Kolga_vallavalitsus, lk 23
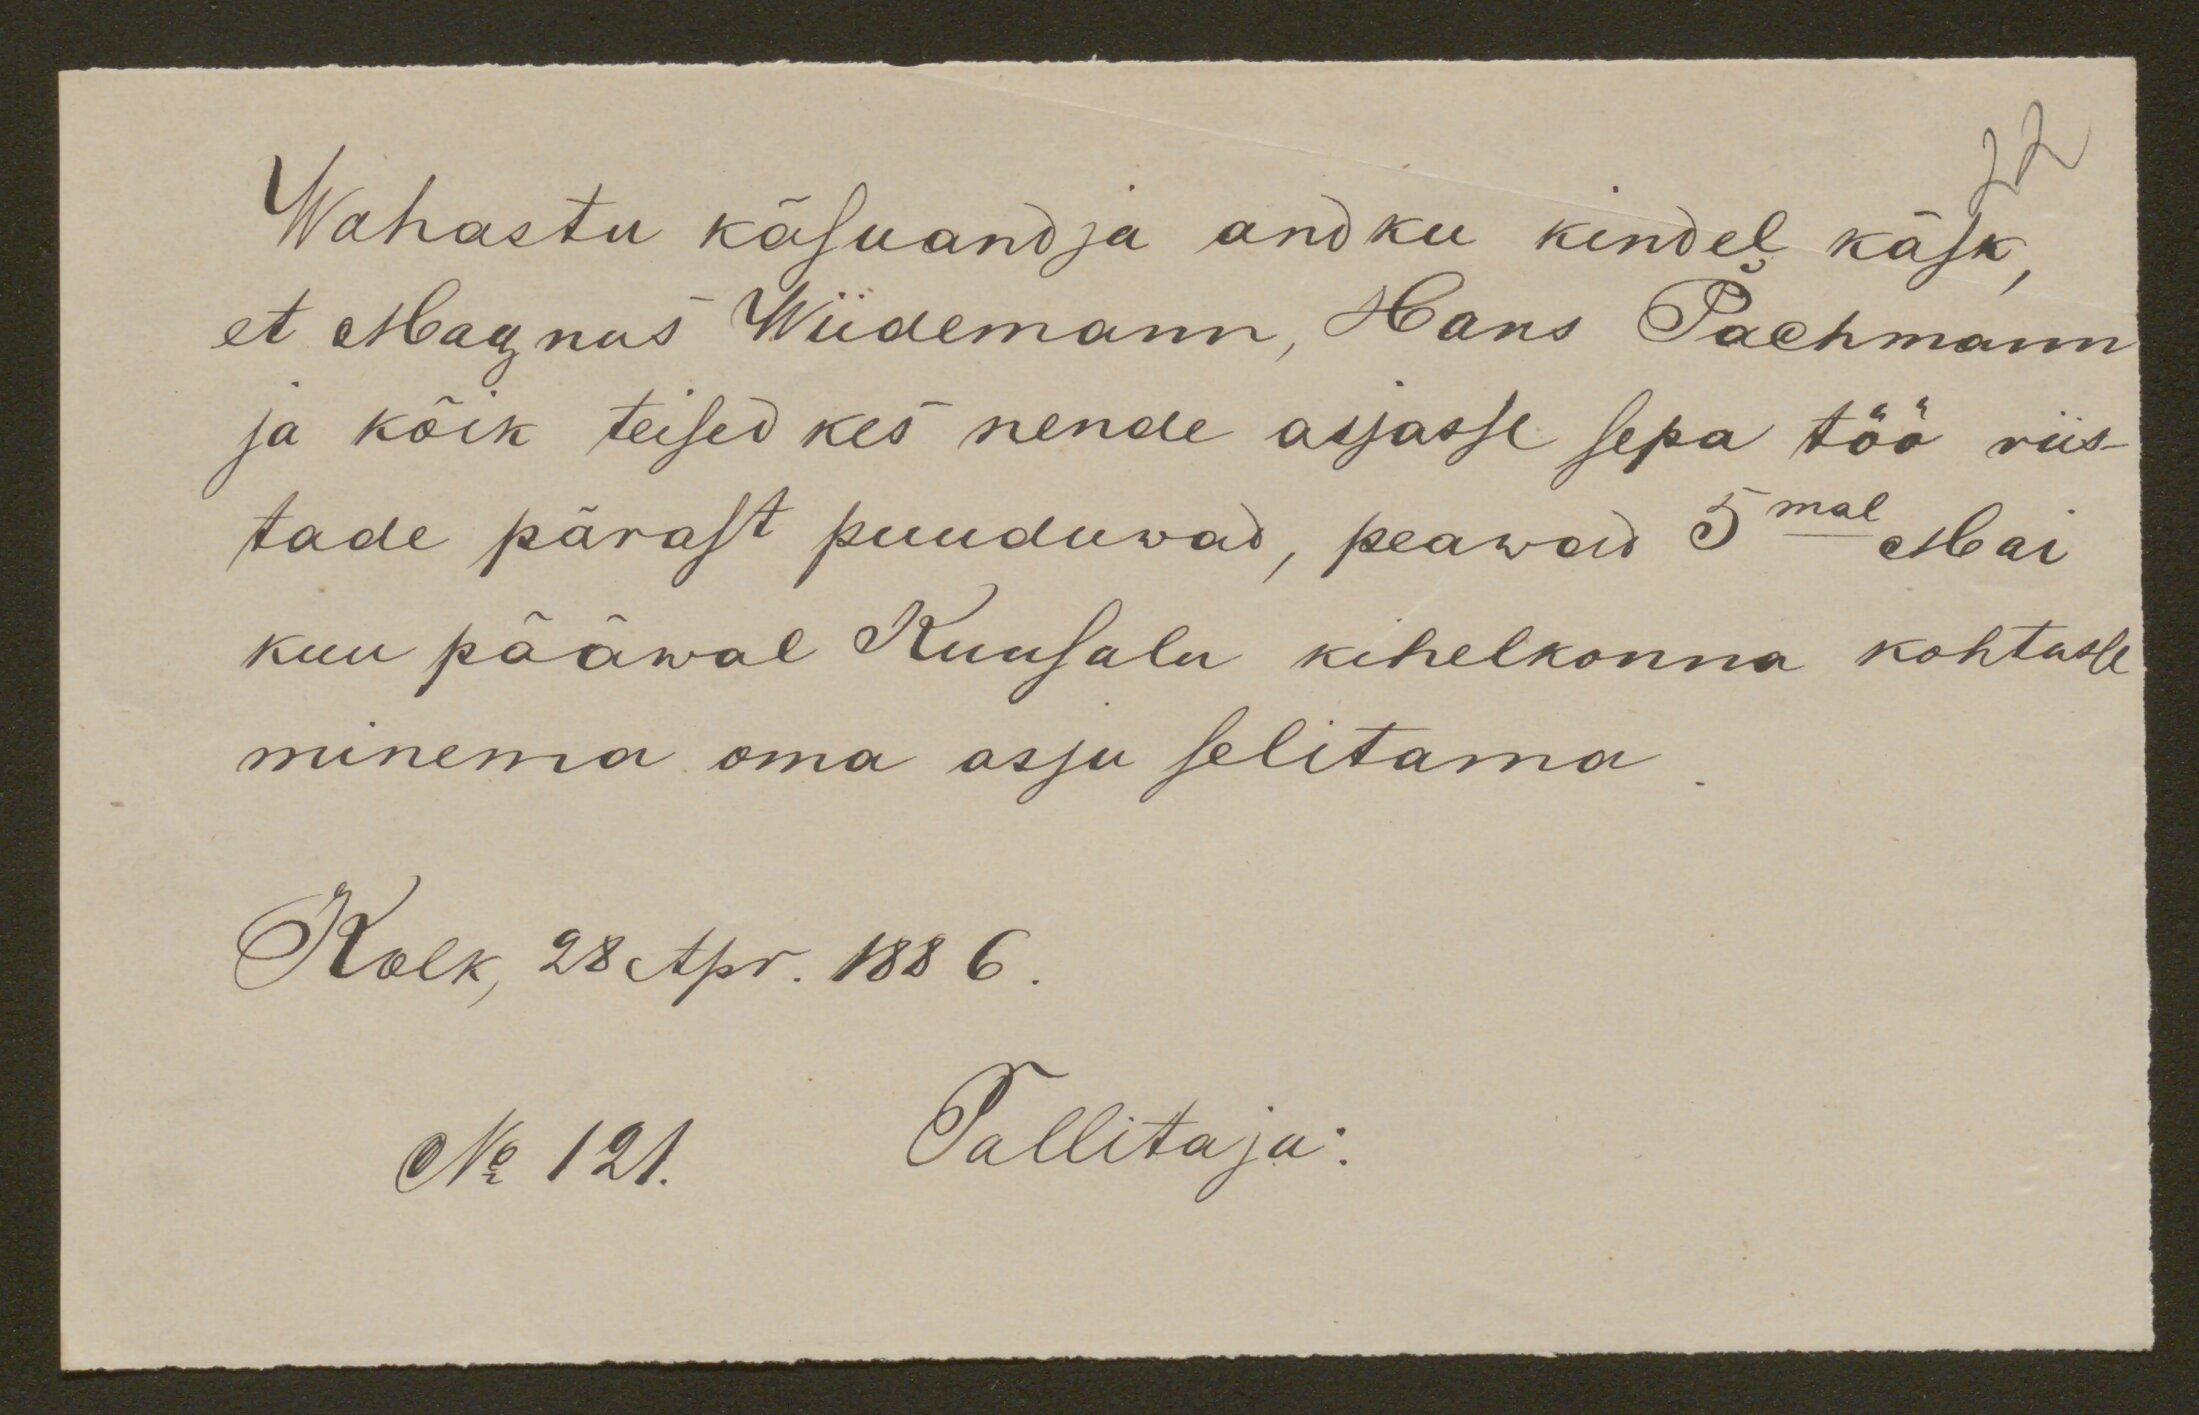
Wahastu käsuandja andku kindel käsk,
et Magnus Wiidemann, Hans Pachmann
ja kõik teised kes nende asjasse sepa töö riis-
tade pärast puuduvad, peawad 5mal Mai
kuu pääwal Kuusalu kihelkonna kohtule
minema oma asju selitama
Kolk, 28 Apr. 1886.
No 121. Tallitaja: